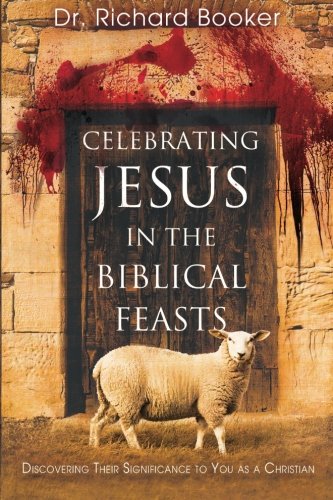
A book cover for Celebrating Jesus in the Biblical Feasts: Discovering Their Significance to You as a Christian; Dr. Richard Booker; Christian Books & Bibles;